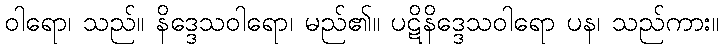
ဝါရော၊ သည်။ နိဒ္ဒေသဝါရော၊ မည်၏။ ပဋိနိဒ္ဒေသဝါရော ပန၊ သည်ကား။